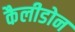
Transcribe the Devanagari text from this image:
कैलीडोन